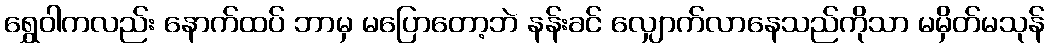
ရွှေဝါကလည်း နောက်ထပ် ဘာမှ မပြောတော့ဘဲ နန်းခင် လျှောက်လာနေသည်ကိုသာ မမှိတ်မသုန်